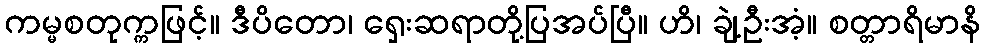
ကမ္မစတုက္ကဖြင့်။ ဒီပိတော၊ ရှေးဆရာတို့ပြအပ်ပြီ။ ဟိ၊ ချဲ့ဦးအံ့။ စတ္တာရိမာနိ